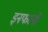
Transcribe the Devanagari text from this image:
इनफरनो